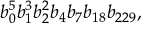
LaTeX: b _ { 0 } ^ { 5 } b _ { 1 } ^ { 3 } b _ { 2 } ^ { 2 } b _ { 4 } b _ { 7 } b _ { 1 8 } b _ { 2 2 9 } ,